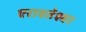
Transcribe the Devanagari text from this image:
एरावतेश्वर